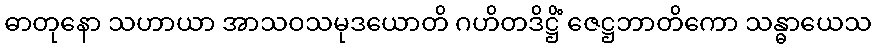
ဓာတုနော သဟာယာ အာသဝသမုဒယောတိ ဂဟိတဒိဋ္ဌိံ ဇေဋ္ဌဘာတိကော သန္ဓာယေသ